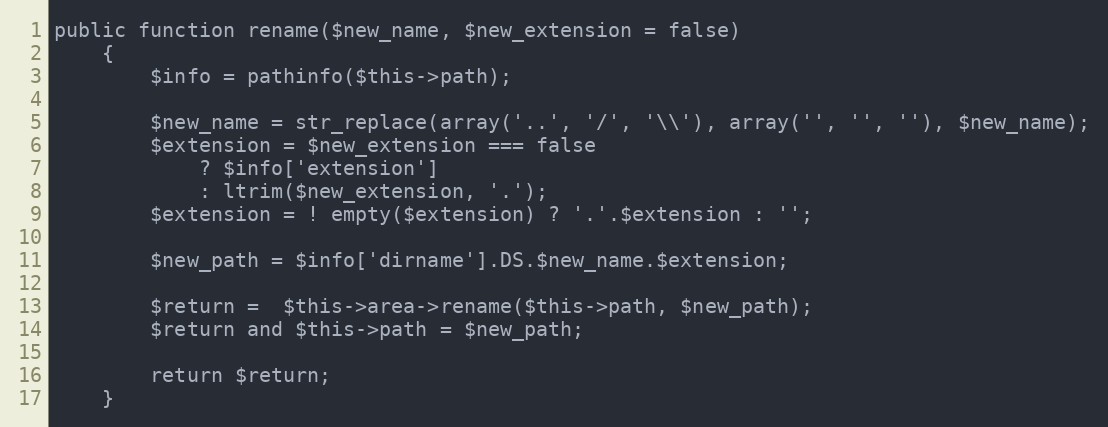
Language: PHP
public function rename($new_name, $new_extension = false)
	{
		$info = pathinfo($this->path);

		$new_name = str_replace(array('..', '/', '\\'), array('', '', ''), $new_name);
		$extension = $new_extension === false
			? $info['extension']
			: ltrim($new_extension, '.');
		$extension = ! empty($extension) ? '.'.$extension : '';

		$new_path = $info['dirname'].DS.$new_name.$extension;

		$return =  $this->area->rename($this->path, $new_path);
		$return and $this->path = $new_path;

		return $return;
	}